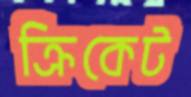
ক্রিকেট